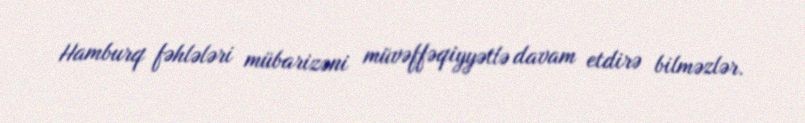
Hamburq fəhlələri mübarizəni müvəffəqiyyətlə davam etdirə bilməzlər.